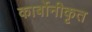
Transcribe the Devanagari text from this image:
कार्बोनीकृत